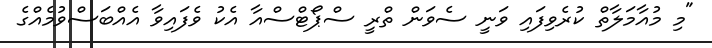
"މި މުއާމަލާތް ކުރެވިފައި ވަނީ ސެވަން ތްރީ ސްޕޯޓްސްއާ އެކު ވެފައިވާ އެއްބަސްވުމެއްގެ